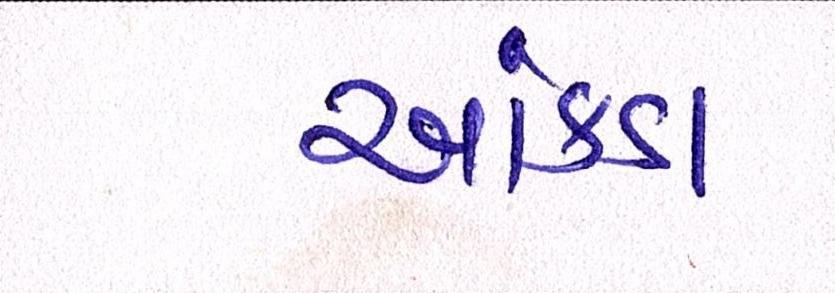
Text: આંકડા